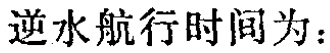
逆水航行时间为：